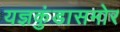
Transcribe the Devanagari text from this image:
यज्ञकुंडासमोर